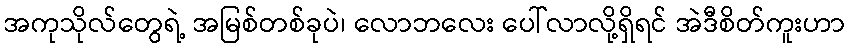
အကုသိုလ်တွေရဲ့ အမြစ်တစ်ခုပဲ၊ လောဘလေး ပေါ်လာလို့ရှိရင် အဲဒီစိတ်ကူးဟာ